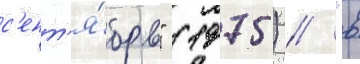
с'ент'я́брь" (1975) // "в